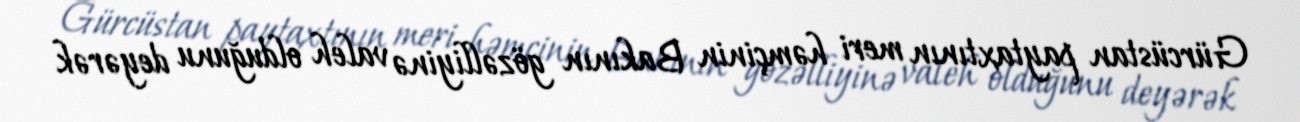
Gürcüstan paytaxtının meri həmçinin Bakının gözəlliyinə valeh olduğunu deyərək